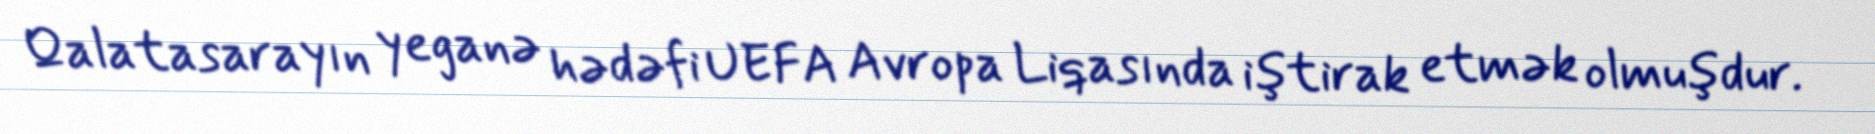
Qalatasarayın yeganə hədəfi UEFA Avropa Liqasında iştirak etmək olmuşdur.